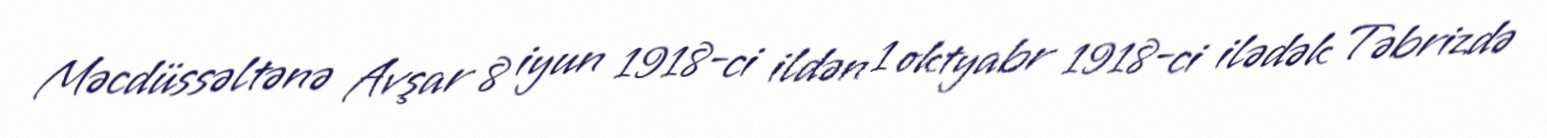
Məcdüssəltənə Avşar 8 iyun 1918-ci ildən 1 oktyabr 1918-ci ilədək Təbrizdə